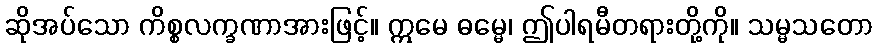
ဆိုအပ်သော ကိစ္စလက္ခဏာအားဖြင့်။ ဣမေ ဓမ္မေ၊ ဤပါရမီတရားတို့ကို။ သမ္မသတော